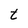
Character: t